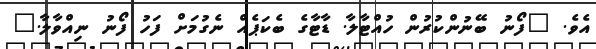
އެވެ. "ފޯނު ބޭނުންކުރުން ހުއްޓާލާ. ޑާޓާގެ ބެކަޕެއް ނެގުމަށް ފަހު ފޯނު ނިއްވާލާ."